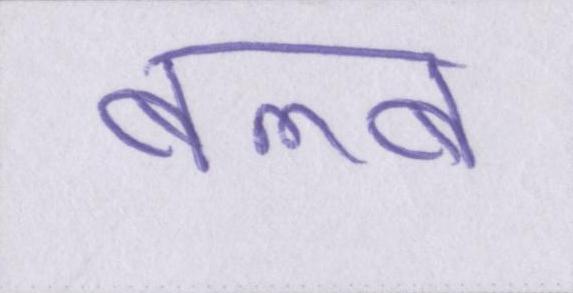
बल्ब